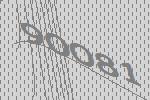
90081